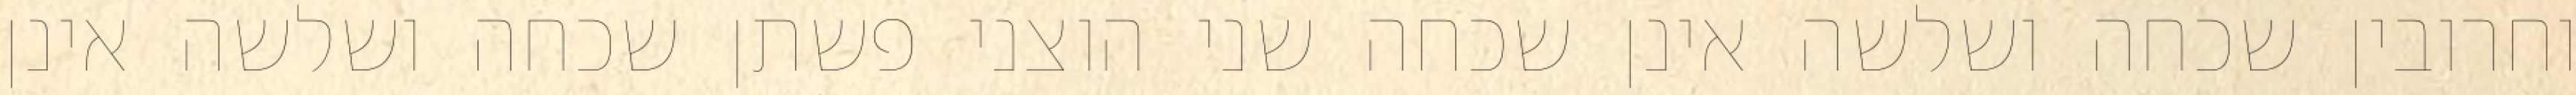
וחרובין שכחה ושלשה אינן שכחה שני הוצני פשתן שכחה ושלשה אינן